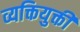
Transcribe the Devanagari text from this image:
व्यक्तियुक्ती